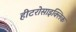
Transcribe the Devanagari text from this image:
हीटरोसाइक्लिक